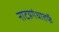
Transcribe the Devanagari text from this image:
नाटय़गंधातर्फे